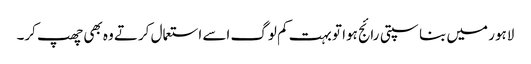
لاہور میں بناسپتی رائج ہوا تو بہت کم لوگ اسے استعمال کرتے وہ بھی چھپ کر۔